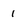
Character: 1